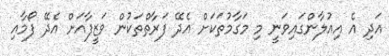
އަދި އެ އިއުލާންގައިވަނީ މި މަގާމުތަކަށް އެދޭ ފަރާތްތަކުން ވަޒީފާއަށް އެދޭ ފޯމާއި